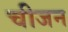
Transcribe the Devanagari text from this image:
चीजन